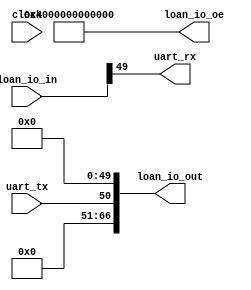
/*
 * HPS Loan-IO to UART
 * ------------------------------------------------------
 * By: Thomas Carpenter
 * For: University of Leeds
 *
 * Module Description:
 * -------------------
 *
 * This block extracts the UART pins from a Cyclone V HPS
 * Loan-IO conduit to allow driving from the FPGA.
 *
 */

module loanio_uart_hw #(
    parameter INCLUDE_SYNCHRONISER = 0
)(
    //HPS Loan-IO Conduit
    output [66:0] loan_io_out,
    output [66:0] loan_io_oe,
    input  [66:0] loan_io_in,
    //UART Interface
    input  clock,   //Clock for synchronizer if enabled.
    output uart_rx, //(Data In to FPGA) - If unused, leave unconnected
    input  uart_tx  //(Data Out to USB) - If unused, tie to 1'b1.
);

wire uart_rx_n;

generate if (INCLUDE_SYNCHRONISER) begin
    //Add a clock synchronizer to avoid metastability issues later on.
    clock_synchroniser_hw #(
        .CHAIN_LEN        (2), //2 Cycles of synchronization
        .SIGNAL_WIDTH     (1), //1-bit RX Signal
        .ASYNC_INPUT      (0), //Synchronous mode
        .RISING_EDGE      (0), //No rising edge detector
        .HAS_INPUT_ENABLE (0), //No input enable
        .HAS_OUTPUT_ENABLE(0)  //No output enable
    ) rx_sync (
        .in_clock  (clock),
        .in_reset  (1'b0),
        .in_enable (1'b1),
        .in_signal (~loan_io_in[49]),
        
        .out_clock (clock),
        .out_reset (1'b0),
        .out_enable(1'b1),
        .out_signal(uart_rx_n)
    );
    assign uart_rx = ~uart_rx_n;
end else begin
    //Just pass RX through unchanged. You should add your own synchronization
    assign uart_rx = loan_io_in[49];
end endgenerate

assign loan_io_out = {16'b0,uart_tx,50'b0};
assign loan_io_oe = {16'b0,1'b1,50'b0};

endmodule